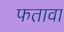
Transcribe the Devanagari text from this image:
फतावा